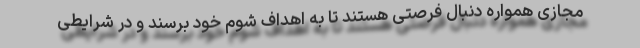
مجازی همواره دنبال فرصتی هستند تا به اهداف شوم خود برسند و در شرایطی